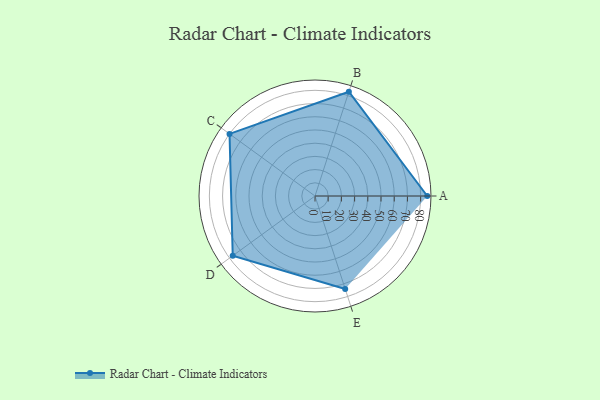
{"axis": {"x": "Skill", "y": "Score"}, "legend": ["Profile"], "data": [{"x": "A", "y": 85.0, "type": "Profile"}, {"x": "B", "y": 83.0, "type": "Profile"}, {"x": "C", "y": 80.0, "type": "Profile"}, {"x": "D", "y": 77.0, "type": "Profile"}, {"x": "E", "y": 74.0, "type": "Profile"}]}